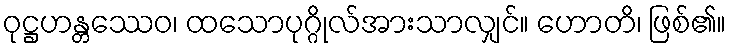
ဝုဋ္ဌဟန္တဿေဝ၊ ထသောပုဂ္ဂိုလ်အားသာလျှင်။ ဟောတိ၊ ဖြစ်၏။